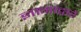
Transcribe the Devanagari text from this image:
ज्ञानाद्वारे